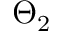
\Theta _ { 2 }